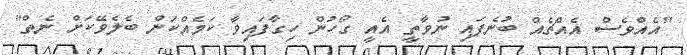
"އެއްވެސް އެއްޗެއް ބުނެފައި ނުވާތީ އެއީ ގޯހުން ހިގާފައިވާ ކަމެއްކަން ބެލެވޭކަށް ނެތް"